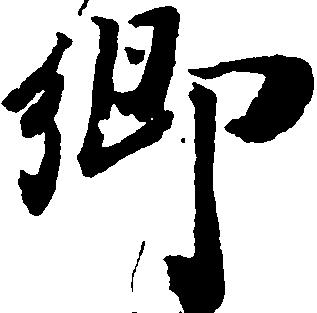
郷